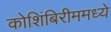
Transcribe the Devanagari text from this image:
कोशिंबिरीममध्ये